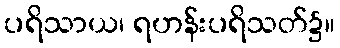
ပရိသာယ၊ ရဟန်းပရိသတ်၌။